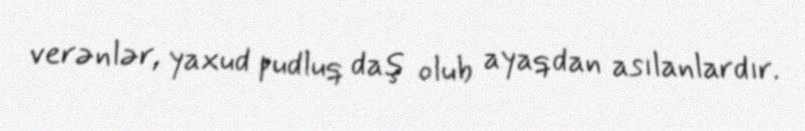
verənlər, yaxud pudluq daş olub ayaqdan asılanlardır.